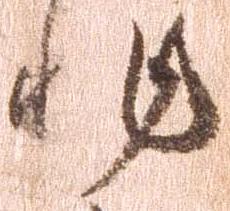
非